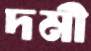
দমী